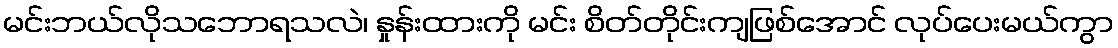
မင်းဘယ်လိုသဘောရသလဲ၊ နှုန်းထားကို မင်း စိတ်တိုင်းကျဖြစ်အောင် လုပ်ပေးမယ်ကွာ